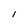
Character: I